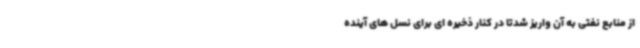
از منابع نفتی به آن واریز شدتا در کنار ذخیره ای برای نسل های آینده